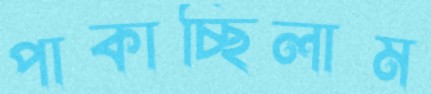
পাকাচ্ছিলাম